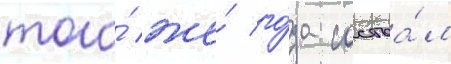
того́ же́ го́да состоа́л